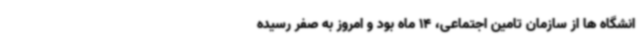
انشگاه ها از سازمان تامین اجتماعی، 14 ماه بود و امروز به صفر رسیده